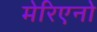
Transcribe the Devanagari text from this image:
मेरिएनो